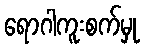
ရောဂါကူးစက်မှု